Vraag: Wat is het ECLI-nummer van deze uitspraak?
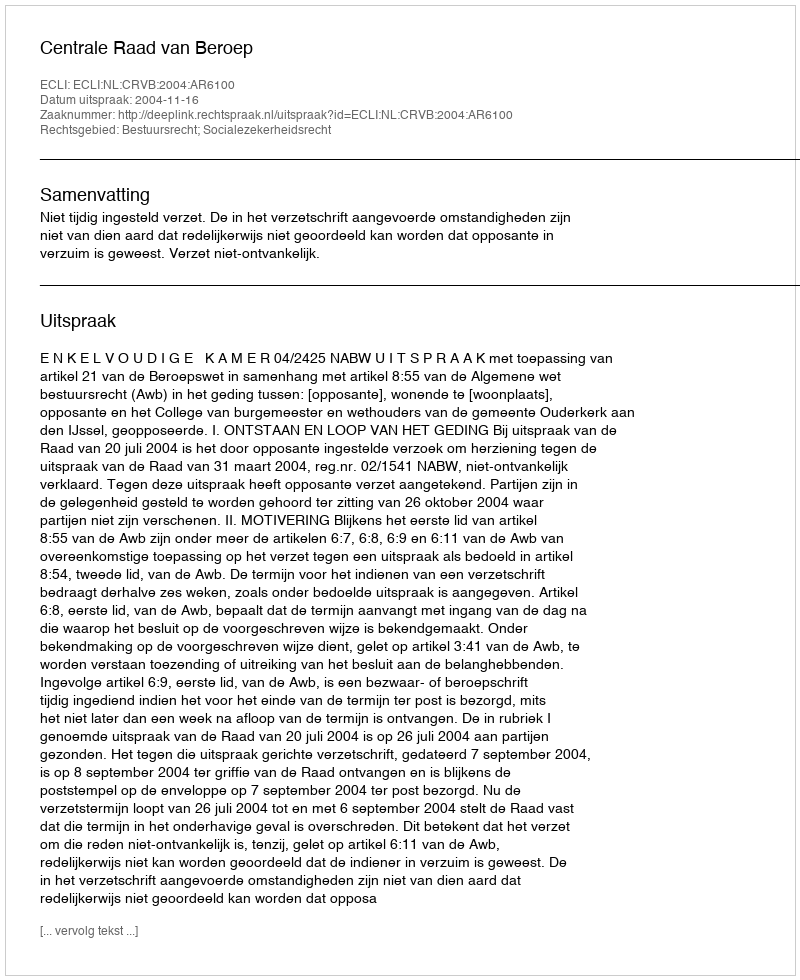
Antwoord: ECLI:NL:CRVB:2004:AR6100